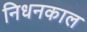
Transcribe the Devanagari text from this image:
निधनकाल